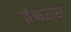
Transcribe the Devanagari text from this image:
ईश्वरास